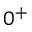
0 ^ { + }